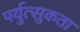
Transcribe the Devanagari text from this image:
पर्युत्सुकता